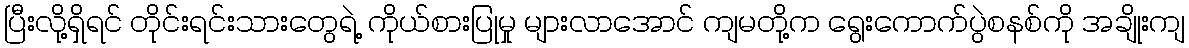
ပြီးလို့ရှိရင် တိုင်းရင်းသားတွေရဲ့ ကိုယ်စားပြုမှု များလာအောင် ကျမတို့က ရွေးကောက်ပွဲစနစ်ကို အချိုးကျ